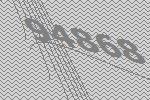
94868